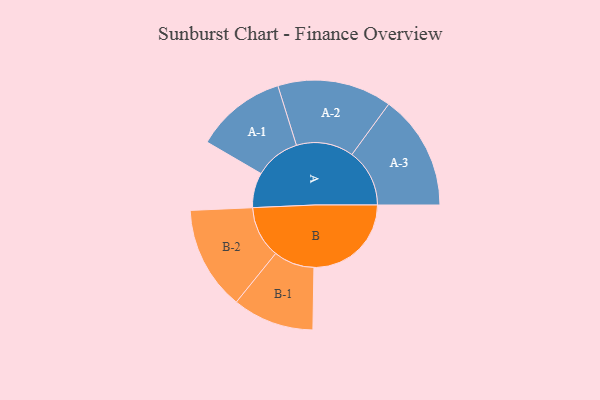
{"axis": {"x": "Segment", "y": "Value"}, "legend": ["", "A", "B"], "data": [{"x": "A", "y": 178, "type": ""}, {"x": "B", "y": 495, "type": ""}, {"x": "A-1", "y": 231, "type": "A"}, {"x": "A-2", "y": 291, "type": "A"}, {"x": "A-3", "y": 293, "type": "A"}, {"x": "B-1", "y": 207, "type": "B"}, {"x": "B-2", "y": 264, "type": "B"}]}